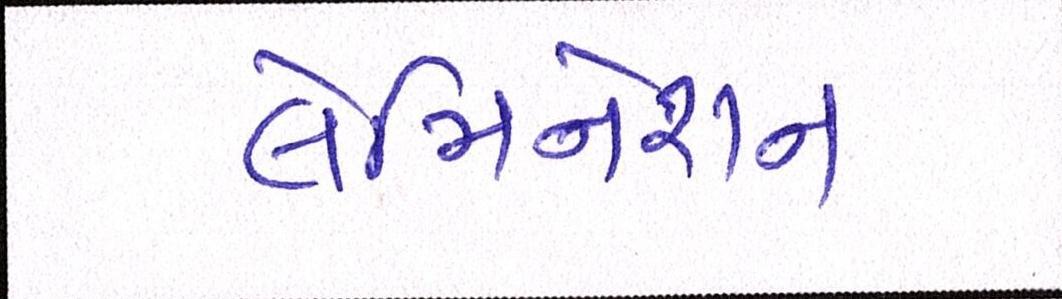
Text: લેમિનેશન